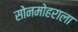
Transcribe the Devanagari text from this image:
सोनमोहराला